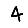
Digit: 4